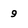
Character: 9